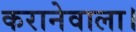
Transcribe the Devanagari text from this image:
करानेवाला।